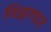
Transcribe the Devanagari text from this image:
विझणार